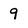
Character: 9